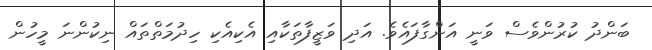
ބަންދު ކުރުންވެސް ވަނީ އަންގާފައެވެ. އަދި ވަޒީފާތަކާއި އެކިއެކި ހިދުމަތްތައް ނިކުންނަ މީހުން